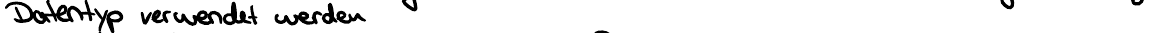
Datentyp verwendet werden